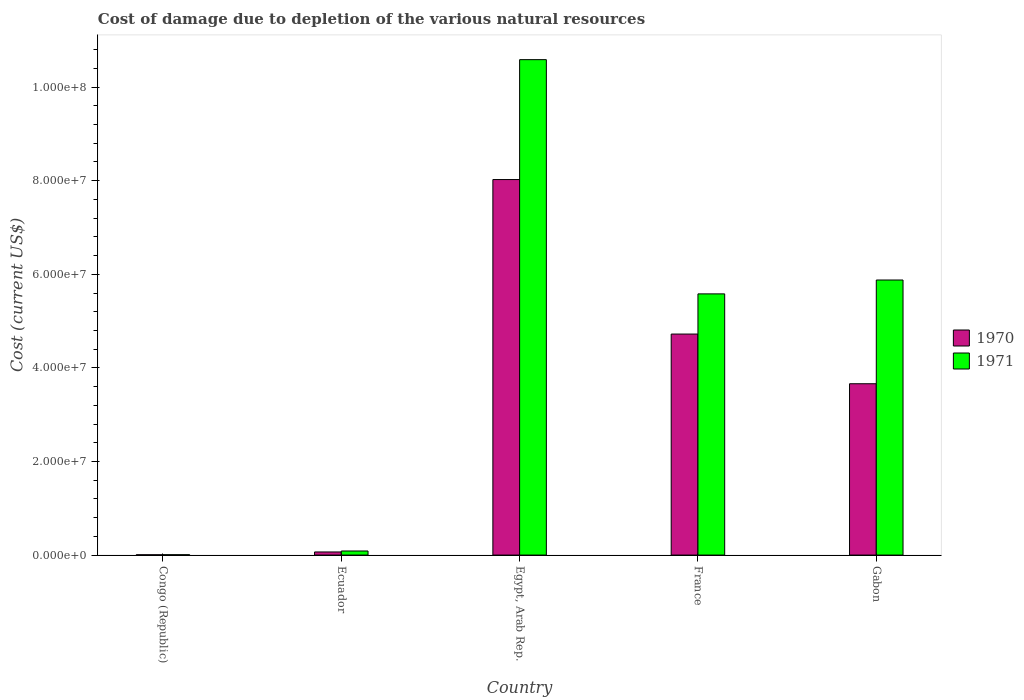
| Country | 1970 | 1971 |
 | --- | --- | --- |
 | Congo (Republic) | 6.34e+04 | 7.34e+04 |
 | Ecuador | 6.65e+05 | 8.71e+05 |
 | Egypt, Arab Rep. | 8.02e+07 | 1.06e+08 |
 | France | 4.72e+07 | 5.58e+07 |
 | Gabon | 3.66e+07 | 5.88e+07 |